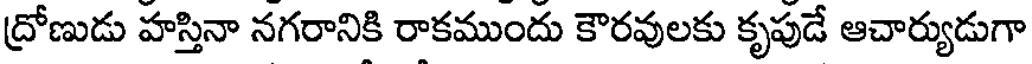
ద్రోణుడు హస్తినా నగరానికి రాకముందు కౌరవులకు కృపుడే ఆచార్యుడుగా